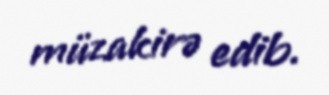
müzakirə edib.